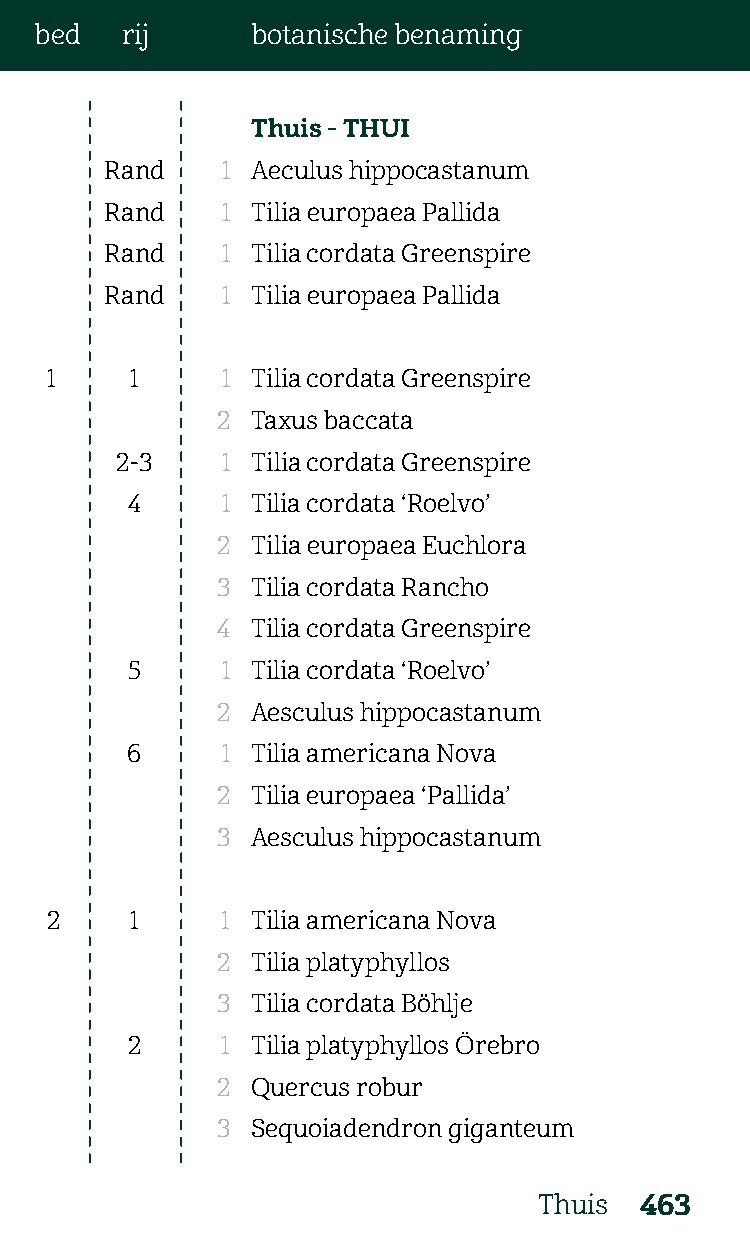
bed   rij      botanische benaming
 Thuis - THUI
 Rand    1 Aeculus hippocastanum
 Rand    1 Tilia europaea Pallida
 Rand    1 Tilia cordata Greenspire
 Rand    1 Tilia europaea Pallida
 1     1     1 Tilia cordata Greenspire
 2  Taxus baccata
 2-3    1 Tilia cordata Greenspire
 4      1 Tilia cordata ‘Roelvo’
 2  Tilia europaea Euchlora
 3  Tilia cordata Rancho
 4  Tilia cordata Greenspire
 5      1 Tilia cordata ‘Roelvo’
 2  Aesculus hippocastanum
 6      1 Tilia americana Nova
 2  Tilia europaea ‘Pallida’
 3  Aesculus hippocastanum
 2     1     1 Tilia americana Nova
 2  Tilia platyphyllos
 3  Tilia cordata Böhlje
 2      1 Tilia platyphyllos Örebro
 2  Quercus robur
 3  Sequoiadendron giganteum
 Thuis 463